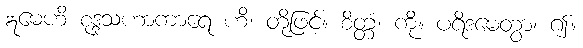
ဣမေဟိ စုဒ္ဒသဟာကာရေ ဟိ၊ တို့ဖြင့်။ စိတ္တံ၊ ကို။ ပရိဒမေတွာ၊ ၍။